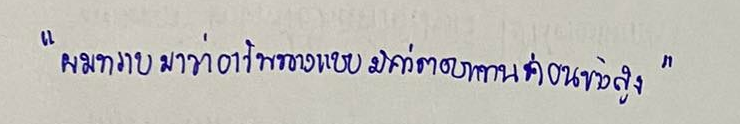
"ผมทราบมาว่าอาชีพนางแบบมีค่าตอบแทนค่อนข้างสูง"